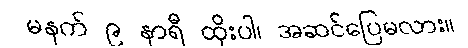
မနက် ၉ နာရီ ထိုးပါ၊ အဆင်ပြေမလား။